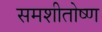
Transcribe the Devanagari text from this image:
समशीतोष्‍ण